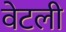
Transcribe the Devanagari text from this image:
वेटली